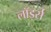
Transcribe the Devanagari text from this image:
लॉर्ड्‍स